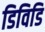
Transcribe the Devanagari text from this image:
डिविडि